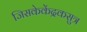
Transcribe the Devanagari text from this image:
जिसकेकेंद्रकसुत्र